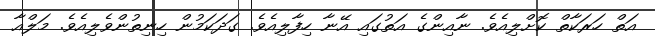
އަތް ހަރަކާތް ކޮށްލިއެވެ. ނާއިންގެ އަތުގައި އޭނާ ހިފާލިއެވެ. ގަދަކަމުން ހިނިތުންވެލިއެވެ. މަލްއާ